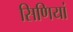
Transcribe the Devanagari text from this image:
सिणियां